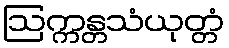
ဩက္ကန္တသံယုတ္တံ